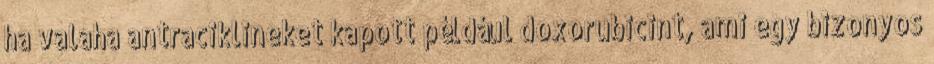
ha valaha antraciklineket kapott például doxorubicint, ami egy bizonyos